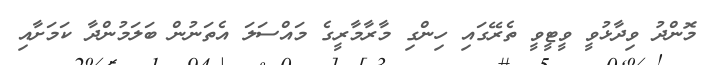
މޮންދު ވިދާޅުވީ ވީޓީވީ ތެރޭގައި ހިންގި މާރާމާރީގެ މައްސަލަ އެތަނުން ބަލަމުންދާ ކަމަށާއި